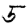
Digit: 5